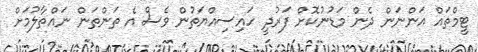
ޓީމްތައް އަންނަން ދެން މަޑުނުކޮށް ފަރުދީ ހައިސިއްޔަތުން ވެސް އެ ތަންތަން ނައްތާލުމަށް